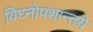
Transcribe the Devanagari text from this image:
विघ्नोपशान्तये